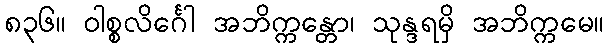
၈၃၆။ ဝါစ္စလိင်္ဂေါ အဘိက္ကန္တော၊ သုန္ဒရမှိ အဘိက္ကမေ။